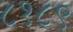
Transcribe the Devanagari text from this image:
८१८९